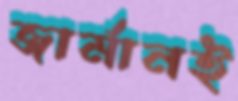
জার্মানই